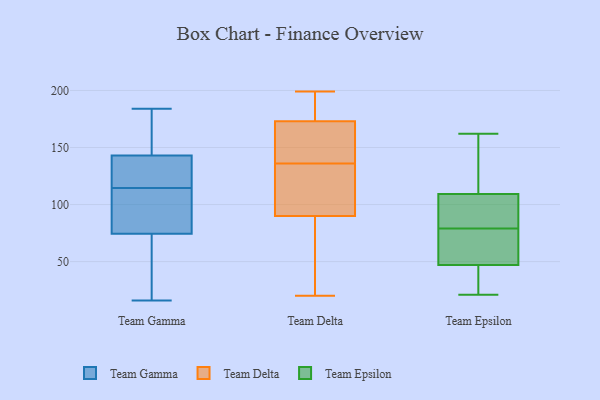
{"axis": {"x": "Revenue (USD Million)", "y": "Value"}, "legend": ["Team Delta", "Team Epsilon", "Team Gamma"], "data": [{"x": "", "y": 154, "type": "Team Gamma"}, {"x": "", "y": 78, "type": "Team Gamma"}, {"x": "", "y": 16, "type": "Team Gamma"}, {"x": "", "y": 65, "type": "Team Gamma"}, {"x": "", "y": 106, "type": "Team Gamma"}, {"x": "", "y": 71, "type": "Team Gamma"}, {"x": "", "y": 184, "type": "Team Gamma"}, {"x": "", "y": 180, "type": "Team Gamma"}, {"x": "", "y": 109, "type": "Team Gamma"}, {"x": "", "y": 132, "type": "Team Gamma"}, {"x": "", "y": 128, "type": "Team Gamma"}, {"x": "", "y": 120, "type": "Team Gamma"}, {"x": "", "y": 199, "type": "Team Delta"}, {"x": "", "y": 146, "type": "Team Delta"}, {"x": "", "y": 82, "type": "Team Delta"}, {"x": "", "y": 129, "type": "Team Delta"}, {"x": "", "y": 157, "type": "Team Delta"}, {"x": "", "y": 173, "type": "Team Delta"}, {"x": "", "y": 90, "type": "Team Delta"}, {"x": "", "y": 143, "type": "Team Delta"}, {"x": "", "y": 100, "type": "Team Delta"}, {"x": "", "y": 193, "type": "Team Delta"}, {"x": "", "y": 182, "type": "Team Delta"}, {"x": "", "y": 120, "type": "Team Delta"}, {"x": "", "y": 20, "type": "Team Delta"}, {"x": "", "y": 45, "type": "Team Delta"}, {"x": "", "y": 134, "type": "Team Epsilon"}, {"x": "", "y": 48, "type": "Team Epsilon"}, {"x": "", "y": 70, "type": "Team Epsilon"}, {"x": "", "y": 86, "type": "Team Epsilon"}, {"x": "", "y": 101, "type": "Team Epsilon"}, {"x": "", "y": 79, "type": "Team Epsilon"}, {"x": "", "y": 44, "type": "Team Epsilon"}, {"x": "", "y": 21, "type": "Team Epsilon"}, {"x": "", "y": 141, "type": "Team Epsilon"}, {"x": "", "y": 40, "type": "Team Epsilon"}, {"x": "", "y": 65, "type": "Team Epsilon"}, {"x": "", "y": 162, "type": "Team Epsilon"}, {"x": "", "y": 91, "type": "Team Epsilon"}]}